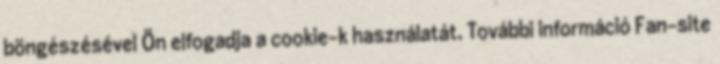
böngészésével Ön elfogadja a cookie-k használatát. További információ Fan-site